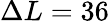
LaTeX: \Delta L=36